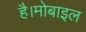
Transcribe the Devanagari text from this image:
है।मोबाइल